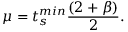
\mu = t _ { s } ^ { m i n } \frac { ( 2 + \beta ) } { 2 } .